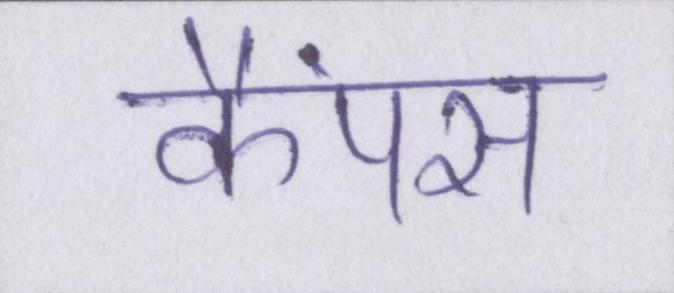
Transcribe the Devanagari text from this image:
कैंपस